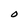
Character: O